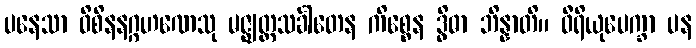
ပနေသာ ဝိစိနနဂ္ဂဟဏေသု မဇ္ဈတ္တသင်္ခါတေန ကိစ္စေန ဒွိဓာ ဘိန္နာတိ။ ဝီရိယုပေက္ခာ ပန